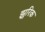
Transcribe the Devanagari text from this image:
झुरिक